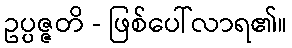
ဥပ္ပဇ္ဇတိ - ဖြစ်ပေါ်လာရ၏။